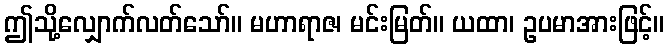
ဤသို့လျှောက်လတ်သော်။ မဟာရာဇ၊ မင်းမြတ်။ ယထာ၊ ဥပမာအားဖြင့်။